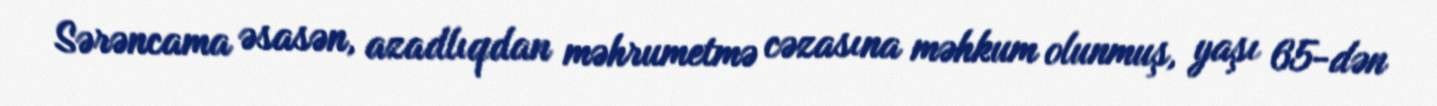
Sərəncama əsasən, azadlıqdan məhrumetmə cəzasına məhkum olunmuş, yaşı 65-dən